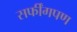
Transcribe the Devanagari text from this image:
सर्फींगपण